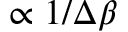
\propto 1 / \Delta \beta